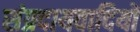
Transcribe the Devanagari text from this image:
संप्रदायवादियों